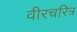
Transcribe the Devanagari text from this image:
वीरचरित्र